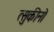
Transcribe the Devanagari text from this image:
त्सुकीनो